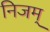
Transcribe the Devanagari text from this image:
निजम्